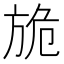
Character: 㫉